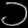
Digit: ၁